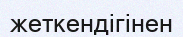
жеткендігінен